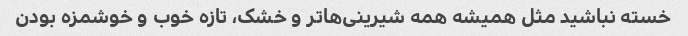
خسته نباشید مثل همیشه همه شیرینی‌ها‌تر و خشک، تازه خوب و خوشمزه بودن